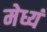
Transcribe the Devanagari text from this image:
मेध्यं